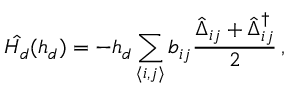
\hat { H _ { d } } ( h _ { d } ) = - h _ { d } \sum _ { \langle i , j \rangle } b _ { i j } \frac { \hat { \Delta } _ { i j } + \hat { \Delta } _ { i j } ^ { \dagger } } { 2 } \, ,